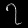
Digit: ၇